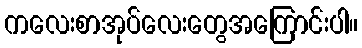
ကလေးစာအုပ်လေးတွေအကြောင်းပါ။